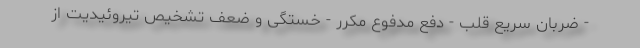
- ضربان سریع قلب - دفع مدفوع مکرر - خستگی و ضعف تشخیص تیروئیدیت از